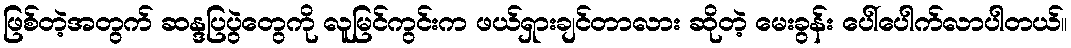
ဖြစ်တဲ့အတွက် ဆန္ဒပြပွဲတွေကို လူမြင်ကွင်းက ဖယ်ရှားချင်တာလား ဆိုတဲ့ မေးခွန်း ပေါ်ပေါက်လာပါတယ်။